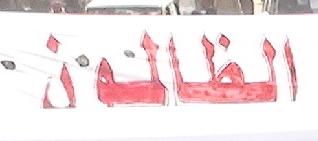
الظالون